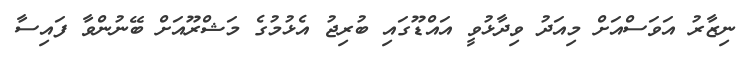
ނިޒާރު އަވަސްއަށް މިއަދު ވިދާޅުވީ އައްޑޫގައި ބުރިޖު އެޅުމުގެ މަޝްރޫއަށް ބޭނުންވާ ފައިސާ